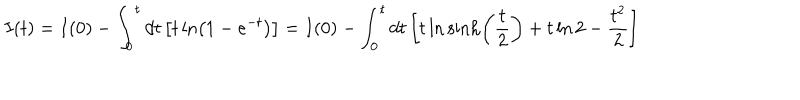
I ( t ) = I ( 0 ) - \int _ { 0 } ^ { t } d t \left[ t \ln \left( 1 - e ^ { - t } \right) \right] = I ( 0 ) - \int _ { 0 } ^ { t } d t \left[ t \ln \sinh \left( \frac { t } { 2 } \right) + t \ln 2 - \frac { t ^ { 2 } } { 2 } \right] \nonumber